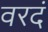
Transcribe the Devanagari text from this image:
वरदं